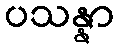
ပသန္နာ